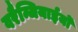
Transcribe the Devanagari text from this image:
वरैन्जियाईयों